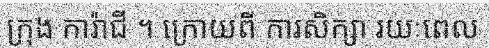
ក្រុង ការ៉ាជី ។ ក្រោយពី ការសិក្សា រយៈពេល